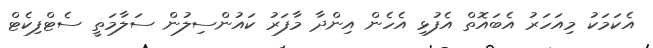
އެކަމަކު މިއަހަރު އެބައޮތް އެފުޅި އެހެން އިންދާ މާފަރު ކައުންސިލުން ސަލާމަތީ ސެޓްފިކެޓް